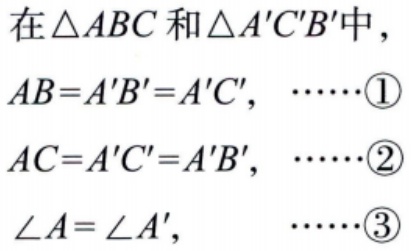
在\(\triangle ABC\)和\(\triangle A'C'B'\)中，
\(AB = A'B' = A'C',\)  \(\cdots\cdots\)\textcircled{1}
\(AC = A'C' = A'B',\)  \(\cdots\cdots\)\textcircled{2}
\(\angle A=\angle A',\)  \(\cdots\cdots\)\textcircled{3}